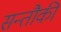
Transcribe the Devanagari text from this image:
सन्तौकी